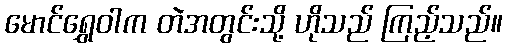
မောင်ရွှေဝါက တဲအတွင်းသို့ ဟိုသည် ကြည့်သည်။